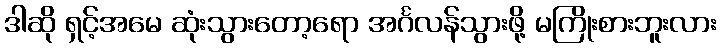
ဒါဆို ရှင့်အမေ ဆုံးသွားတော့ရော အင်္ဂလန်သွားဖို့ မကြိုးစားဘူးလား